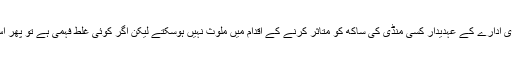
ہمارے تئیں ایک سرکاری ادارے کے عہدیدار کسی منڈی کی ساکھ کو متاثر کرنے کے اقدام میں ملوث نہیں ہوسکتے لیکن اگر کوئی غلط فہمی ہے تو پھر اس کا خاتمہ ہونا چاہیئے۔